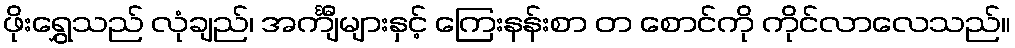
ဖိုးရွှေသည် လုံချည်၊ အင်္ကျီများနှင့် ကြေးနန်းစာ တ စောင်ကို ကိုင်လာလေသည်။